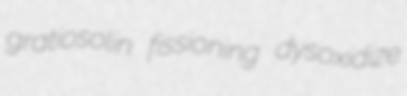
gratiosolin fissioning dysoxidize